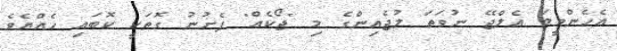
އެހެންވީމަ އެލްޖޭ ނުވަތަ ލުޖެއިންގެ މި "ޖޯކެއް" ފެށުނު ގޮތަކީ ކޮބައި ހެއްޔެވެ